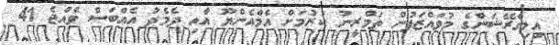
އިމިގްރޭޝަންގެ މުވައްޒަފުން ތަމްރީނު ކުރުމަށް އެމްއެންޔޫ އާއި ދެމެދު އެއްބަސް ވެއްޖެ 41